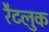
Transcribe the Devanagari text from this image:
रैटलुक